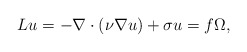
\begin{align*}{ L}u=-\nabla \cdot (\nu \nabla u)+ \sigma u = f \Omega ,\end{align*}